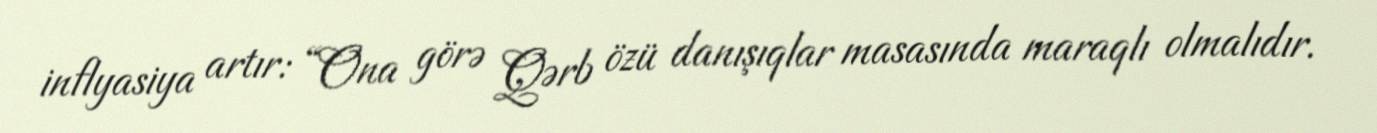
inflyasiya artır: “Ona görə Qərb özü danışıqlar masasında maraqlı olmalıdır.